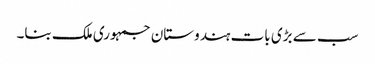
سب سے بڑی بات ہندوستان جمہوری ملک بنا۔